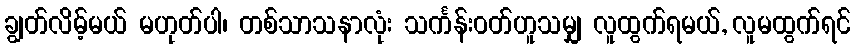
ချွတ်လိမ့်မယ် မဟုတ်ပါ၊ တစ်သာသနာလုံး သင်္ကန်းဝတ်ဟူသမျှ လူထွက်ရမယ်, လူမထွက်ရင်